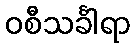
ဝစီသင်္ခါရာ